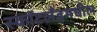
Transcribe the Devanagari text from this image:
स्कॉटलँडमधील